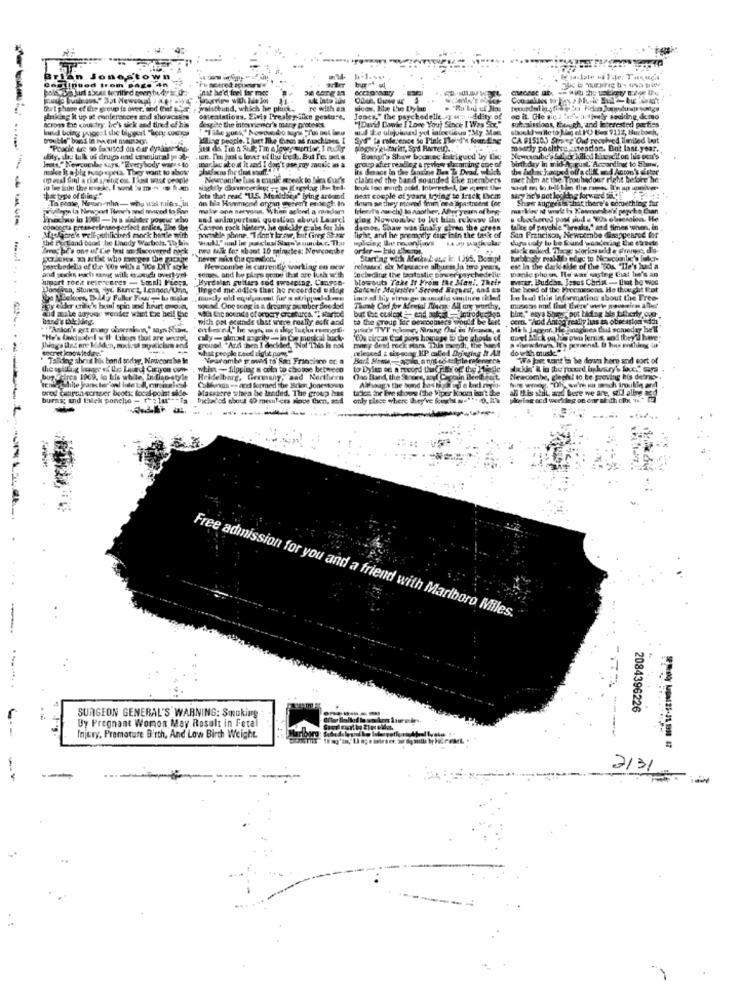
An Jonestoy
need from
bur * ul
Ph seared suwww
e at
hoe ef the group is over, and Chief &
walutbund, which he phuck.
re with an
sions tit country, he's sick and tired of his
sinking it up at conferences and sho wo
ostealations. Elvis Presley-sike gesture.
Jones," the psychedelle ge
"Deril Dowie I Love You' Since I Was'S
huddity
subasi
Boas, Besuch, and
sted
demo
despite the interviener's many prothes.
diog people. I furt lie Gines ad machines I
CA #15105 Streep Out recthed in
mostly poolthe _tendon. But last.
dity, the bulk of drugs nad emojiural pal-
Baungr's Shaw bockec intrigued by One
birthday in midA, gust."A
make it a big ringepeta. They want to show
mar ac nost it and I don't use my music as a
irs desnot in the fanzine Bes To Dead, which
group after readle z a review slamming one of
the Zodiac kaaspod off a cliff ad Anton's
clabred the band sounded kke members
met hion at the Troubadour right bed
Ta prate, Mevnonha- why wie ties in
lets that read "ILS. Menidee a" lying ardand
an hia Hammond argan wereert emnegt In
next couple of years trying to track DVcm
deun aa they moved fenm on a iipasintent for
sany he's not lookde
Share suggests -hat there's somethin
Tuky ann nervous. When asked a mandar
Inlenet's au chi) lo zaother, Aber years of brg-
Prodwe lo 1960 -Iv & sichare youque who
sal animportant question about Laurel
Klog Newcombe to let him rekway Iw
Macgore's vell publicined mock battle with
pomable phone. "Tran't breve, but fing Star
Carpon rock hinter, he oukidy e abs for his
diese. Shaw was final.y'siren the creta
tales of paychie "breaks,' said times
the Fy Land barad be Landy Warbols, To bis
fight, and he promptly dug into the task of
San Franciscoy Newetende dinappes
Barut he's one of Cie Inst em discovered nock
two talk for about 10 minutes: Newcombe
porchedella of the Yos with a "Tos DLY style
Newcombe is currently working on new
Leclecing the botastic Dover
release, six Masacre alburm in toro years,
elle
est In the dark side of the 'Tos. "Ile's lud
manic pho s, He was saying Ciat tia's an
sipart rocit referceres - Small Freps.
Byrdslan guitars sod sweeping, Canyon-
blowouts Take It From the Mani, Their
watr. Buddha. Jesus Christ - that he was
Hinged me.odles that he recorded Bylin
the bend of the Procmcgona He thought frat
In lead this Information about the Free
ut the I
Hoy tido mile's bunt spin and heurt engod,
socxd. One seog is a dreamy annuber Bnedlad
fit sounds of orpary crosturcs. "Zatartod
Thank Cod for Afretal Tines All are worthy,
blir." esya Ships- pot hidag bla talberly, con-
band's tak kieg.
and make anyver weoder what the hell the
with pet ecunde that witre really soft and
to the croup fer omcconsers would be Leet
cert Thod Antog really has zn obiecastor
"Mak Jaguar. He jnagines that someday
"He's Unchartedl w Il Lahogs thul are sovsos-
secret imnowledge"
ground. "Ard then I decided, Nol This is not
what people Leod sigbit poms"
mary dend rock stars. This month, the
released & shoscag HP called Drieging N At
dou Nh musk ""
' Talking abris hik band today, Nowcors be le
Vearambe grown to San Francisco of
Wa je want is be deum kern and sort of
whis - filpping a cola to choose between
to Dylan an a record that rather of the }
boy Foires 1969, lo Mis uble, Indiao-style
Hekdelbarg, Germany, and Northern
One Band, the Serons, ay Copain Bert
Newcombe, gleph! to be proving his detrac ..
prod canych scraper boots: focal point side-
Caldonda -- and formed the Brie Jonestown
Massacre when be lended. The group has
ticios inc Eine shows the Viper Koom isn't the
al this stil, and bere we are, stil alive and
burns; and thlek poncho - to lu" -- fa
Inelades about $D meuntiers since then,
only place where they've fought we" !!
paying o'd worldeg on oar alaith ciht ."
-
-------- -------
Free admission for you and a friend with Marlboro Miles.
SURGEON GENERAL'S WARNING: Smoking
2084396226
By Pregnant Womon May Result in Fetal
Injury, Premature Birth, And Low Birth Weight.
2131